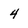
Character: 4